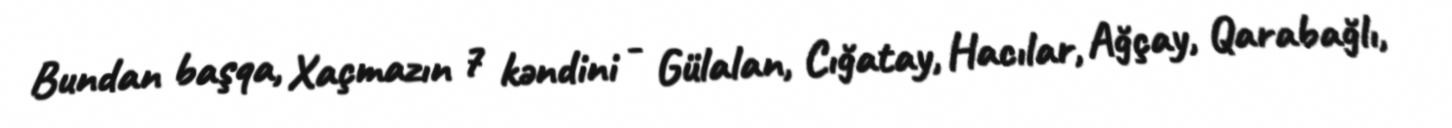
Bundan başqa, Xaçmazın 7 kəndini - Gülalan, Cığatay, Hacılar, Ağçay, Qarabağlı,